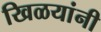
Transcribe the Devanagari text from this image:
खिळयांनी